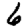
Digit: 6